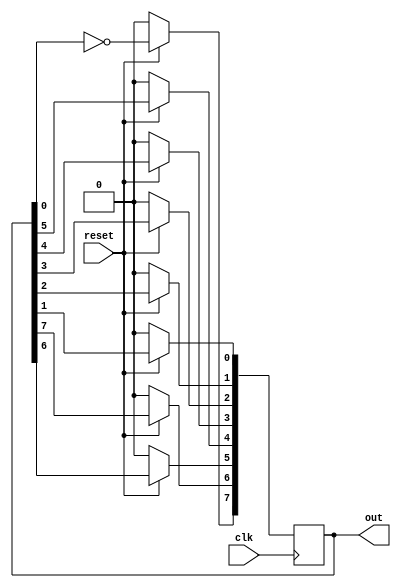
module A2Q2_eight_bit_johnson_counter(clk, reset, out);
    input clk;
    input reset;
    output [7:0] out;
    reg [7:0] out;

    integer i;
    always @(posedge clk) begin
        if(reset) begin
            out[7] <= ~(out[0]); // complement of output of last flip-flop being fed as input to 1st flip-flop
            for(i = 0; i < 7; i = i + 1) begin
                out[i] <= out[i + 1];
            end
        end
        else begin
            out <= 0; 
            // We can choose any value of "out" here from which the output starts. We have chosen it to be 0 here.
        end
    end
endmodule